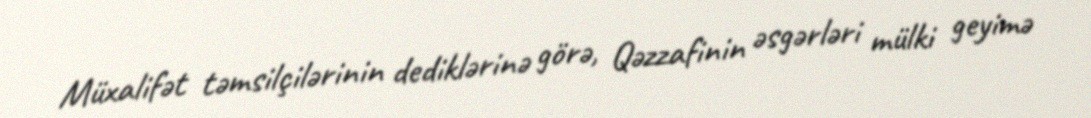
Müxalifət təmsilçilərinin dediklərinə görə, Qəzzafinin əsgərləri mülki geyimə